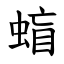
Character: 䗈